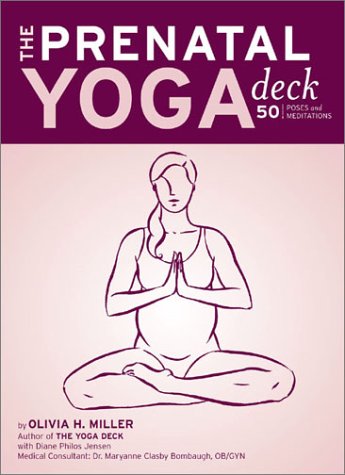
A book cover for The Prenatal Yoga Deck: 50 Poses and Meditations; Olivia H. Miller; Health, Fitness & Dieting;